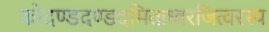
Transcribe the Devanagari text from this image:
कोदण्डदण्डदमिताध्वरजित्वरस्य